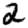
Digit: 2